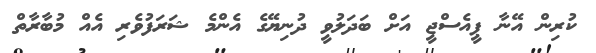
ކުރިން އޭނާ ޕީއެސްޖީ އަށް ބަދަލުވީ ދުނިޔޭގެ އެންމެ ޝަރަފުވެރި އެއް މުބާރާތް